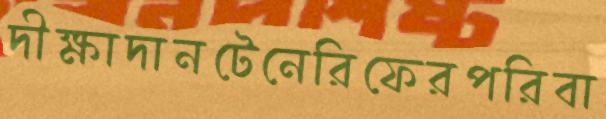
দীক্ষাদানটেনেরিফেরপরিবা